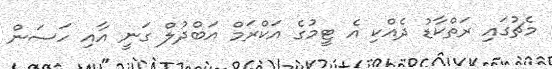
މެޗުގައި ރަތްކާޑު ދެއްކި އެ ޓީމުގެ އަކްރަމް އަބްދުލް ގަނީ އާއި ހަސަން